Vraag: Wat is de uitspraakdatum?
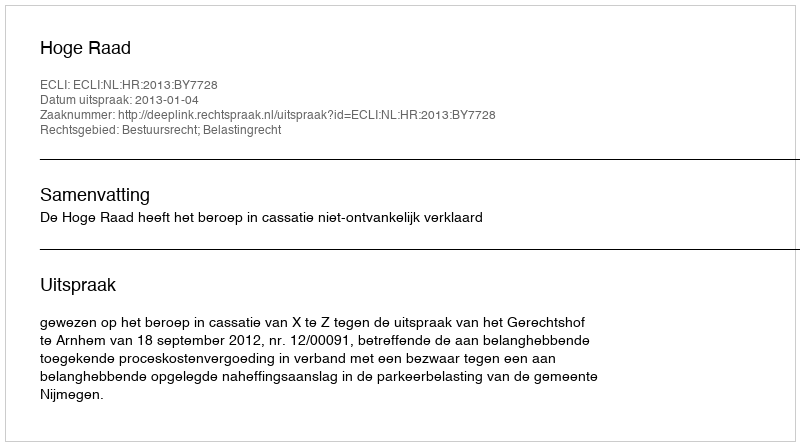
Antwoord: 2013-01-04